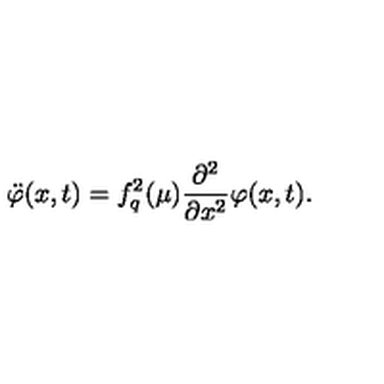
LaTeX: \ddot { \varphi } ( x , t ) = f _ { q } ^ { 2 } ( \mu ) \frac { \partial ^ { 2 } } { \partial x ^ { 2 } } \varphi ( x , t ) .